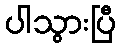
ပါသွားပြီ